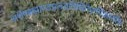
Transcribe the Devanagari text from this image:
अशेषब्रह्माण्डप्रलयविधिनैसर्गिकमतिः